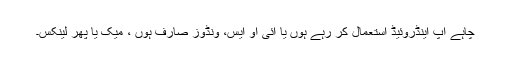
چاہے آپ اینڈروئیڈ استعمال کر رہے ہوں یا آئی او ایس، ونڈوز صارف ہوں ، میک یا پھر لینکس۔